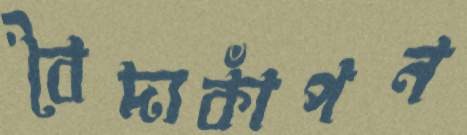
বৈদ্যকাঁপন